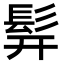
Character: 𬴧